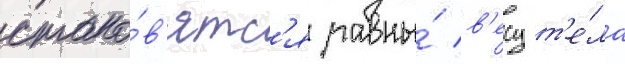
стано́в'ятс'я равны́ в'есу т'е́ла